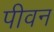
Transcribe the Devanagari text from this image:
पीवन